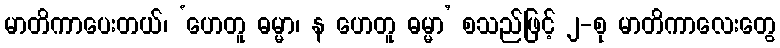
မာတိကာပေးတယ်၊ ‘ဟေတူ ဓမ္မာ၊ န ဟေတူ ဓမ္မာ’ စသည်ဖြင့် ၂-စု မာတိကာလေးတွေ